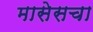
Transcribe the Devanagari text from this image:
मासेसचा